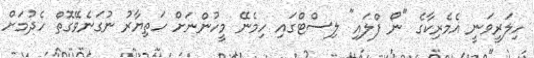
ހިލަރީވަނީ އެމެރިކާގެ "ނޯ ފްލައި" ލިސްޓްގައި ހިމެނޭ މީހުންނަށް ހަތިޔާރު ނުގަނެވޭގޮތް ހެދުމަށް